Scottish Leaving Certificate Examination, 1958
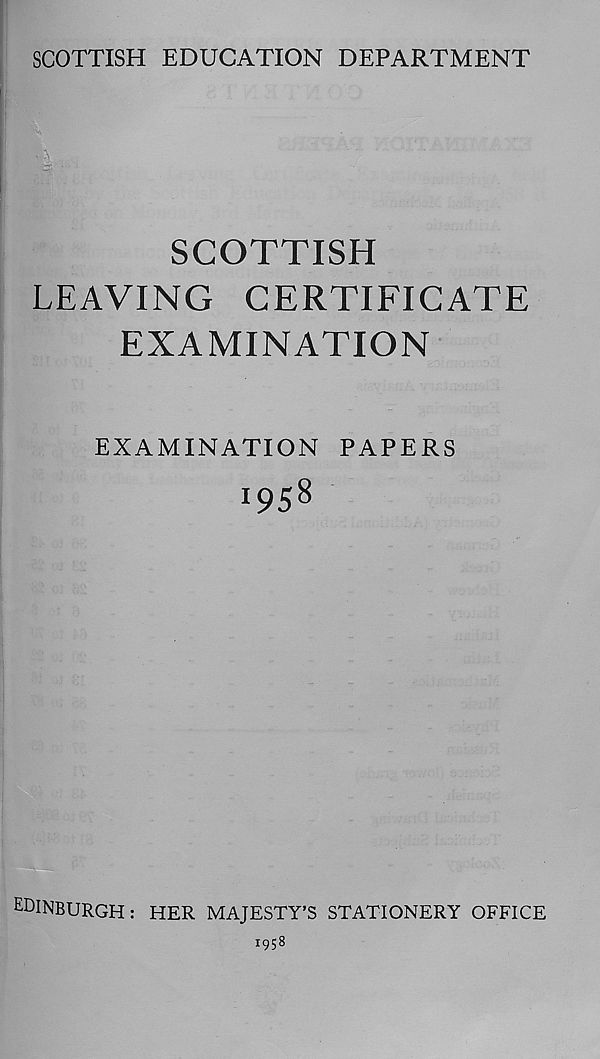
SCOTTISH EDUCATION DEPARTMENT
SCOTTISH
LEAVING CERTIFICATE
EXAMINATION
EXAMINATION PAPERS
I95 8
EDINBURGH: HER MAJESTY’S STATIONERY OFFICE
1958